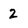
Character: 2